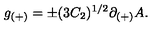
g _ { ( + ) } = \pm ( 3 C _ { 2 } ) ^ { 1 / 2 } \partial _ { ( + ) } A .